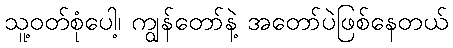
သူ့ဝတ်စုံပေါ့၊ ကျွန်တော်နဲ့ အတော်ပဲဖြစ်နေတယ်